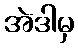
အဲဒါမှ